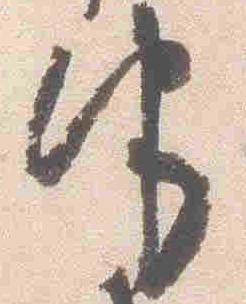
他